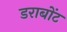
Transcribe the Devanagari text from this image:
डराबोंट